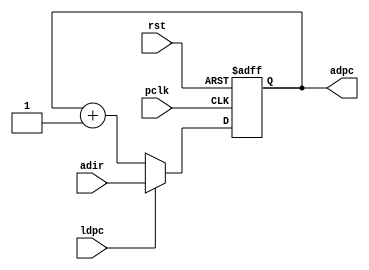
module pc( pclk, rst, adir, ldpc, adpc);
    
input pclk, rst;
input ldpc;
input [4:0] adir;
output [4:0] adpc;

reg [4:0] temp1;

             always @ (posedge pclk or negedge rst) begin

                   if  (!rst) begin

                        temp1 <= 0;

                   end else if  ( ldpc == 1) begin
                        
                        temp1 <= adir;

                   end else begin
                        
                        temp1 <= temp1 + 1;
                   end    
                    
             end


assign adpc = temp1;

endmodule